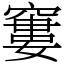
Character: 窶